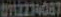
UZZ14087